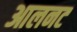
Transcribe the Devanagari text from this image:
आलनट